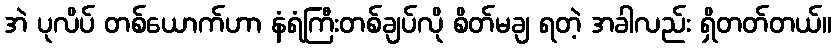
အဲ ပုလိပ် တစ်ယောက်ဟာ နံရံကြီးတစ်ချပ်လို စိတ်မချ ရတဲ့ အခါလည်း ရှိတတ်တယ်။